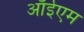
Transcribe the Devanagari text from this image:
ऑईएम